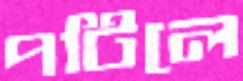
পটিলে